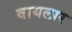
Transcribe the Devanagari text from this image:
वायलार